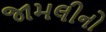
જામલીનો